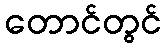
တောင်တွင်